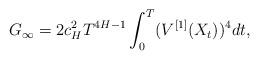
LaTeX: \begin{align*} G_\infty =2 c_H^2 T ^{4H-1}\int^T_0 (V^{[1]}(X_{t}))^4 dt, \end{align*}